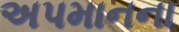
અપમાનના